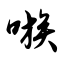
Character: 嗾